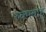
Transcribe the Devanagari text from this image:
रुक्मबाहु